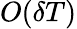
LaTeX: O(\delta T)